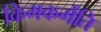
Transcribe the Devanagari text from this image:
किमकर्मेति